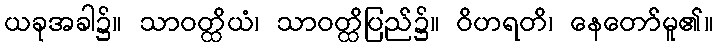
ယခုအခါ၌။ သာဝတ္ထိယံ၊ သာဝတ္ထိပြည်၌။ ဝိဟရတိ၊ နေတော်မူ၏။